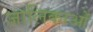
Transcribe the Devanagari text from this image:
जालिकाओं